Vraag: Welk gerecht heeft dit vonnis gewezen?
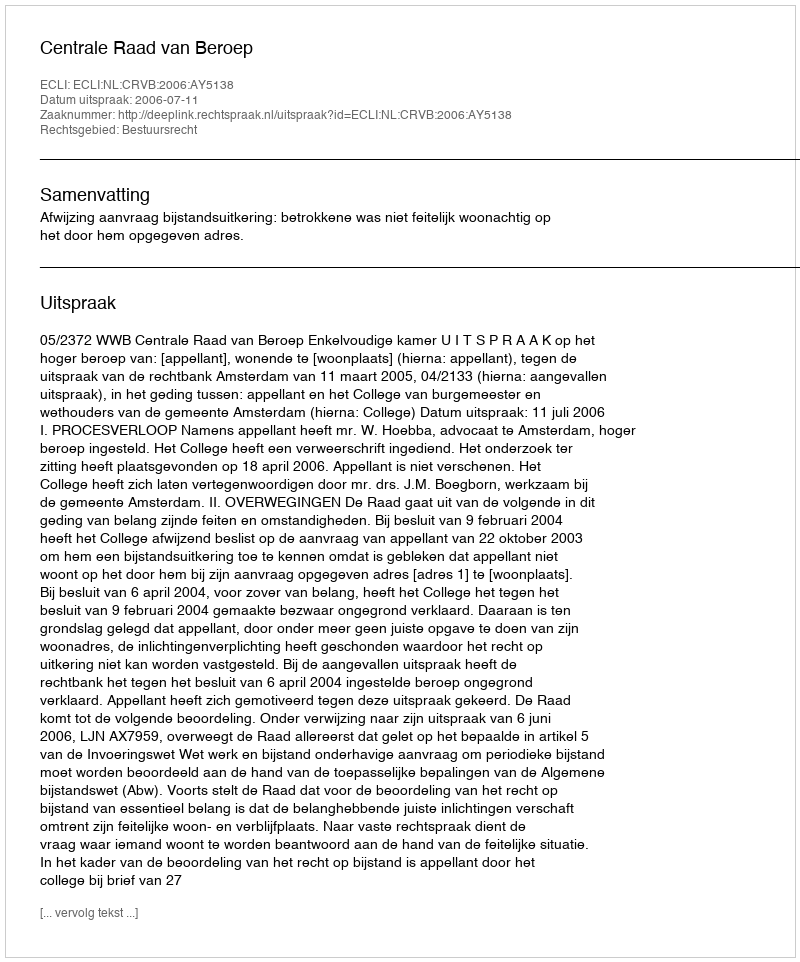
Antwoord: Centrale Raad van Beroep